Medical and sanitary report of the native army of Madras for the year
Year: 1875
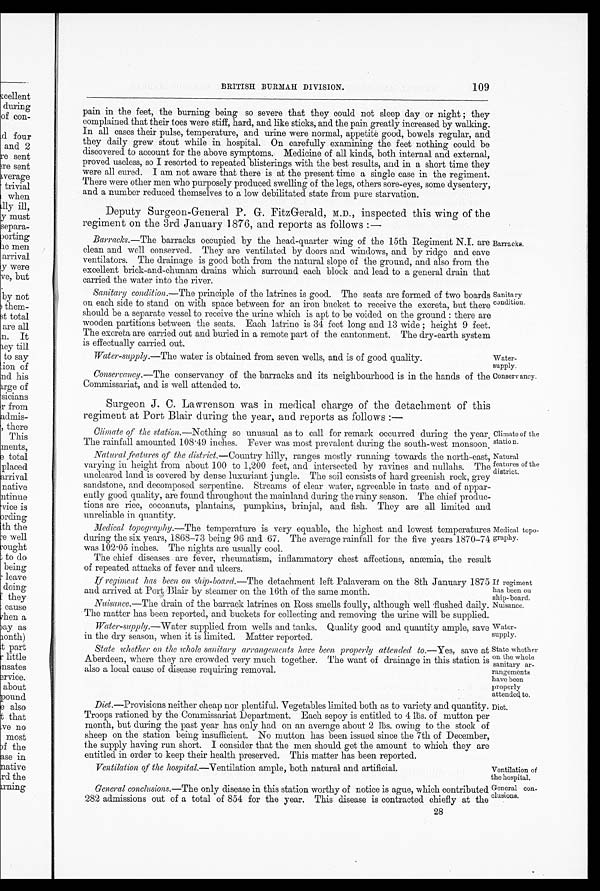
Water-
supply.
Conservancy.
Climate of the
station.
Natural
features of the
district.
If regiment
has been on
ship-board.
Nuisance.
Water
- s u p p l y .
State whether
on the whole
sanitary ar
-rangements
have been
properly
attended to.
109
BRITISH BURMAH DIVISION.
pain in the feet, the burning being so severe that they could not sleep clay or night; they
complained that their toes were stiff, hard, and like sticks, and the pain greatly increased by walking.
In all cases their pulse, temperature, and urine were normal, appetite good, bowels regular, and
they daily grew stout while in hospital. On carefully examining the feet nothing could be
discovered to account for the above symptoms. Medicine of all kinds, both internal and external,
proved useless, so I resorted to repeated blisterings with the best results, and in a short time they
were all cured. I am not aware that there is at the present time a single case in the regiment.
There were other men who purposely produced swelling of the legs, others sore-eyes, some dysentery,
and a number reduced themselves to a low debilitated state from pure starvation.
Deputy Surgeon-General P.G. FitzGerald, M.D., inspected this wing of the
regiment on the 3rd January 1876, and reports as follows:—
Barracks .—The barracks occupied by the head-quarter wing of the 15th Regiment N.I. are
clean and well conserved. They are ventilated by doors and windows, and by ridge and eave
ventilators. The drainage is good both from the natural slope of the ground, and also from the
excellent brick-and-chunam drains which surround each block and lead to a general drain that carried the water into the river.
Barracks.
Sanitary condition .—The principle of the latrines is good. The seats are formed of two boards
on each side to stand on with space between for an iron bucket to receive the excreta, but there
should be a separate vessel to receive the urine which is apt to be voided on the ground: there are
wooden partitions between the seats. Each latrine is 34 feet long and 13 wide; height 9 feet.
The excreta are carried out and buried in a remote part of the cantonment. The dry-earth system
is effectually carried out.
Water-supply .—The water is obtained from seven wells, and is of good quality.
Conservancy.—The conservancy of the barracks and its neighbourhood is in the hands of the
Commissariat, and is well attended to.
Santary
condition.
Surgeon J. C. Lawrenson was in medical charge of the detachment of this
regiment at Port Blair during the year, and reports as follows:—
Climate of the station .—Nothing so unusual as to call for remark occurred during the year.
The rainfall amounted 108.49 inches. Fever was most prevalent during the south-west monsoon.
Natural features of the district .—Country hilly, ranges mostly running towards the north-east,
varying in height from about 100 to 1,200 feet, and intersected by ravines and nullahs. The
uncleared land is covered by dense luxuriant jungle. The soil consists of hard greenish rock, grey
sandstone, and decomposed serpentine. Streams of clear water, agreeable in taste and of appar
-ently good quality, are found throughout the mainland during the rainy season. The chief produc
-tions are rice, cocoanuts, plantains, pumpkins, brinjal, and fish. They are all limited and
unreliable in quantity.
Medical topography .—The temperature is very equable, the highest and lowest temperatures
during the six years, 1868-73 being 96 and 67. The average rainfall for the five years 1870-74
was 102.05 inches. The nights are usually cool.
The chief diseases are fever, rheumatism, inflammatory chest affections, anæmia, the result
of repeated attacks of fever and ulcers.
If regiment has been on ship-board .—The detachment left Palaveram on the 8th January 1875
and arrived at Port Blair by steamer on the 16th of the same month.
Nuisance .—The drain of the barrack latrines on Ross smells foully, although well flushed daily.
The matter has been reported, and buckets for collecting and removing the urine will be supplied.
Water-supply .—Water supplied from wells and tanks. Quality good and quantity ample, save
in the dry season, when it is limited. Matter reported.
State whether on the whole sanitary arrangements have been properly attended to .—Yes, save at
Aberdeen, where they are crowded very much together. The want of drainage in this station
is also a local cause of disease requiring removal.
Medical topo
-graphy.
Diet .—Provisions neither cheap nor plentiful. Vegetables limited both as to variety and quantity.
Troops rationed by the Commissariat Department. Each sepoy is entitled to 4 Њ s. of mutton per
month, but during the past year has only had on an average about 2 Њ s. owing to the stock of
sheep on the station being insufficient. No mutton has been issued since the 7th of December,
the supply having run short. I consider that the men should get the amount to which they are
entitled in order to keep their health preserved. This matter has been reported.
Diet.
Ventilation of the hospital .—Ventilation ample, both natural and artificial.
Ventilation of
the hospital.
General con-
clusions.
General conclusions .—The only disease in this station worthy of notice is ague, which contributed
282 admissions out of a total of 854 for the year. This disease is contracted chiefly at the
28